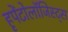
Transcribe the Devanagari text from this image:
हृपेंटोलॉजिस्ट्स